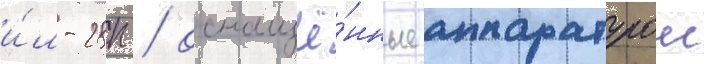
и́л-28п / оснащё́нные аппаратурои